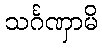
သင်္ဂဏှာမိ